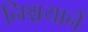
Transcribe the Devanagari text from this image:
निश्चयानें